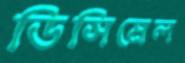
ডিসিমেল